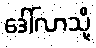
ဒေါ်လာသို့